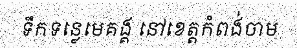
ទឹកទន្លេមេគង្គ នៅខេត្តកំពង់ចាម